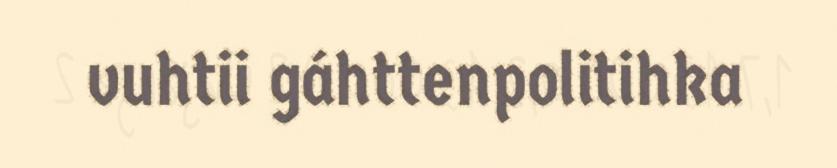
vuhtii gáhttenpolitihka